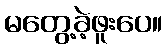
မတွေ့ခဲ့ဖူးပေ။